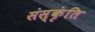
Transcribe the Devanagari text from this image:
संस्कृंति